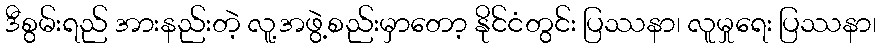
ဒီစွမ်းရည် အားနည်းတဲ့ လူ့အဖွဲ့စည်းမှာတော့ နိုင်ငံတွင်း ပြဿနာ၊ လူမှုရေး ပြဿနာ၊